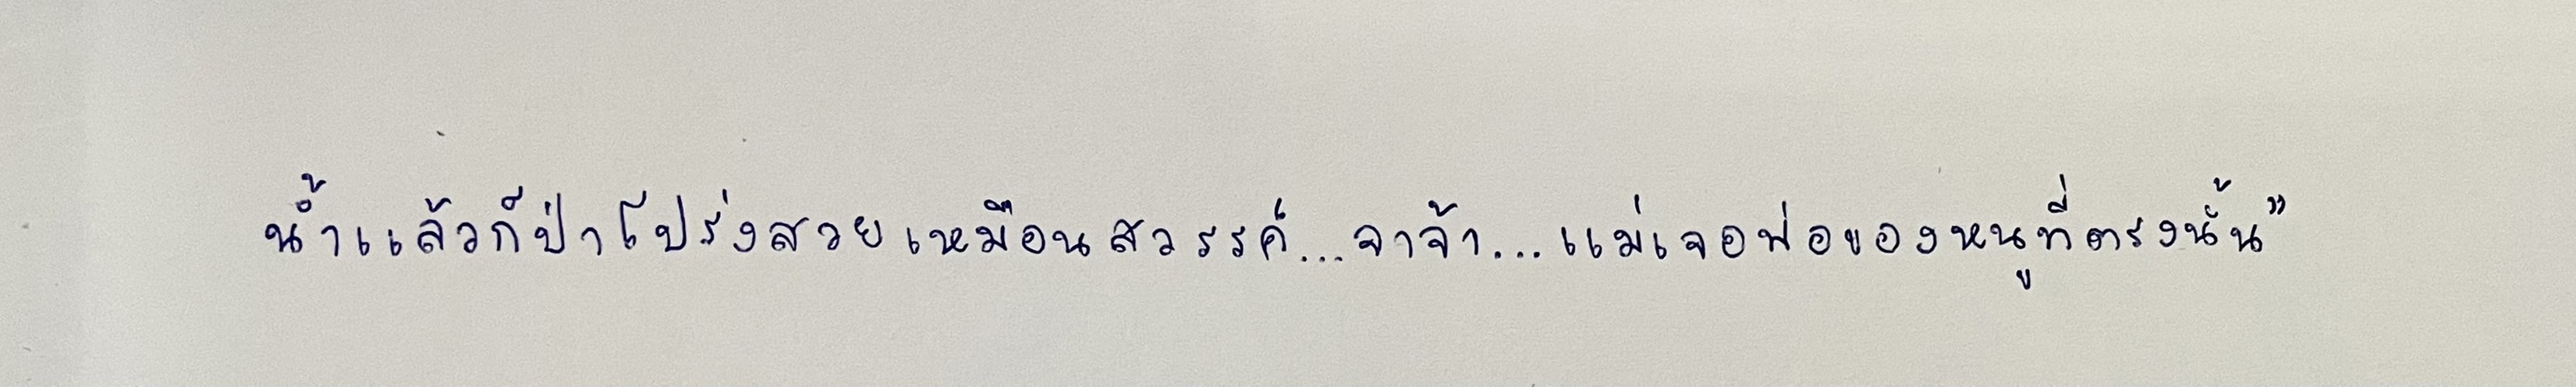
น้ำแล้วก็ป่าโปร่งสวยเหมือนสวรรค์...จาจ้า...แม่เจอพ่อของหนูที่ตรงนั้น"